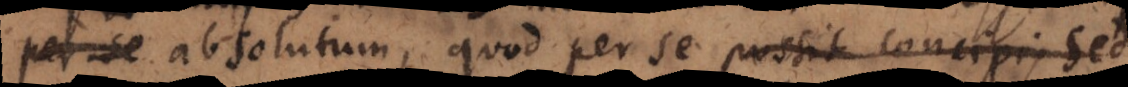
per se absolutum, quod per se possit concipi, sed